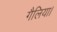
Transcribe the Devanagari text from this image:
गैलिया।